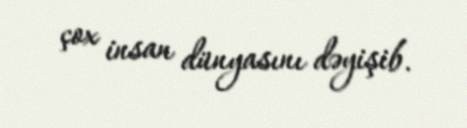
çox insan dünyasını dəyişib.